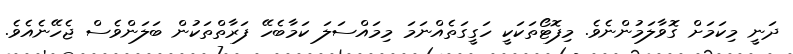
ދަނީ މިކަމަށް ގޮވާލަމުންނެވެ. މިފޮޓޯތަކަކީ ހަގީގަތެއްނަމަ މިމައްސަލަ ކަމާބެހޭ ފަރާތްތަކުން ބަލަންވެސް ޖެހޭނެއެވެ.